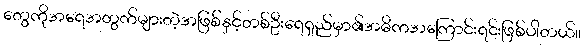
တွေကိုအရေအတွက်များတဲ့အဖြစ်နှင့်တစ်ဦးရေရှည်မှာ၏အဓိကအကြောင်းရင်းဖြစ်ပါတယ်။